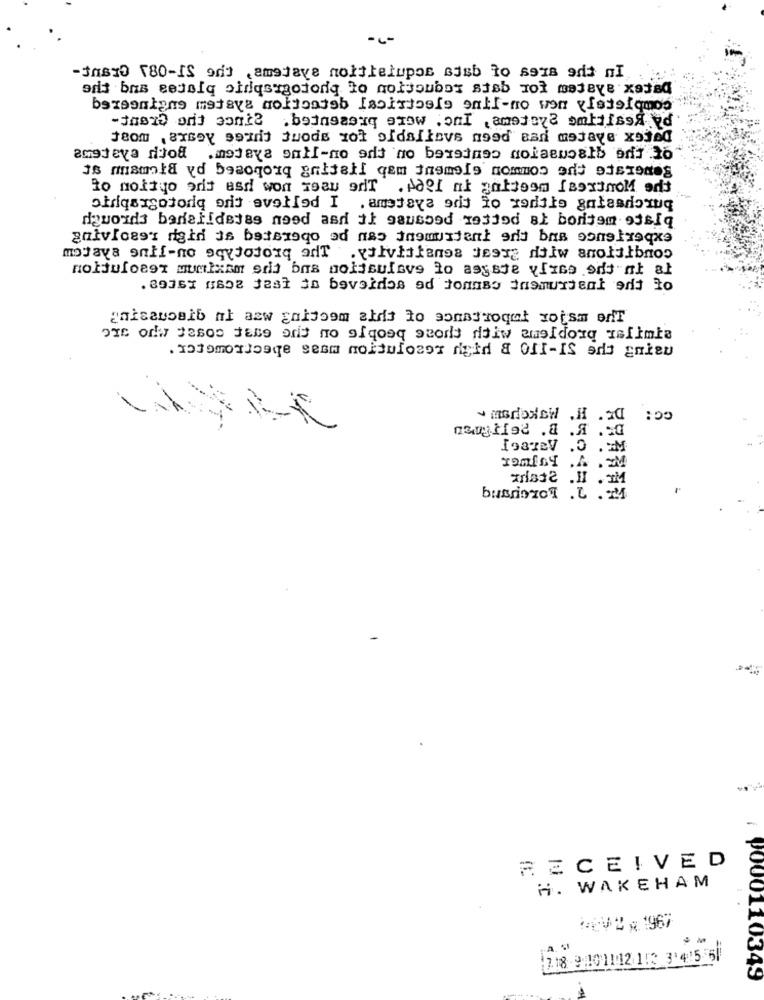
aris bus sejsiq otdqsigoioniq to moljoubox sisb mol mejeve xataq
jeom ,axsoy som Juods zol oldallovs nood sari mojave xojed
amsteva dijod
is rmanold vd beacqorg gritail gen inamois common ad Discodes
striqurgatorią prit evetlod I , ametaxa edt to hodilo gafasdoruq
dowoids bedelidejas noed asdi it gansood 193jod at borijam 9jsiq
Roltufoest mumliam stij bas polisulave lo asyste vizes sds-nl al
TomioY . A .IM
busriozol .L . MM
RECEIVED
H. WAKEHAM
MEVZ , 1967
1718 9101112113 3'415 5
: P000110349